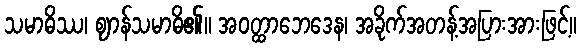
သမာဓိဿ၊ ဈာန်သမာဓိ၏။ အဝတ္ထာဘေဒေန၊ အခိုက်အတန့်အပြားအားဖြင့်။